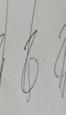
Signature authenticity: genuine